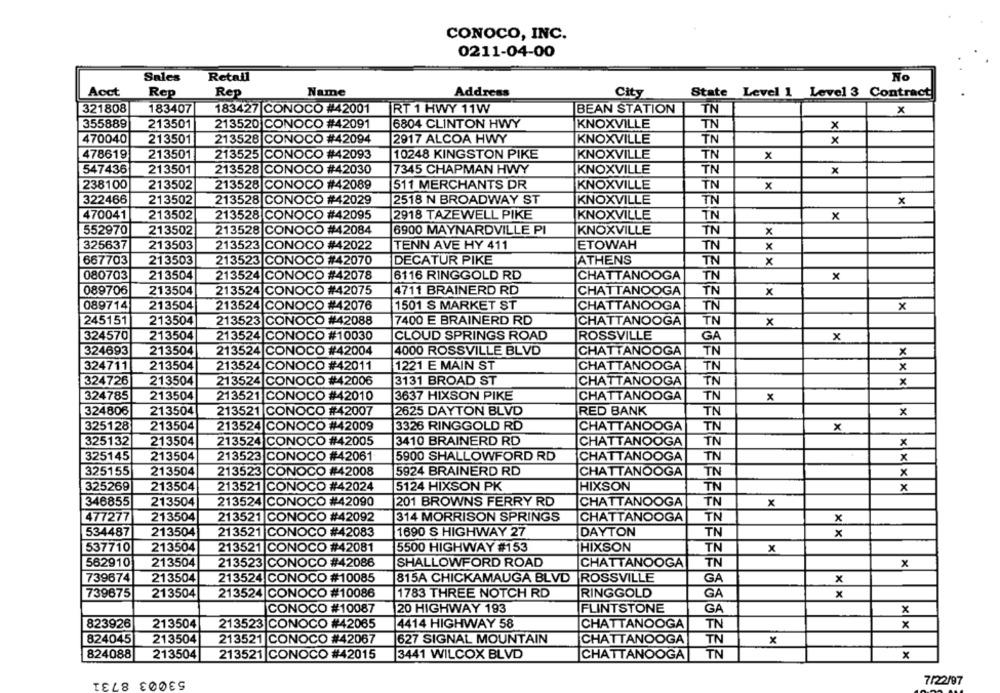
CONOCO, INC.
0211-04-00
No
Sales
Retail
Acct
Rep
Rep
Name
Address
City
State Level 1 Level 3 Contract
321808
183407
183427 CONOCO #42001
IRT 1 HWY 11W
BEAN STATION
TN
X
355889
213501
213520 CONOCO #42091
6804 CLINTON HWY
KNOXVILLE
TN
x
470040
213528 CONOCO #42094
2917 ALCOA HWY
213501
KNOXVILLE
TN
x
478619
213501
213525 CONOCO #42093
10248 KINGSTON PIKE
KNOXVILLE
TN
x
547436
213501
213528 CONOCO #42030
7345 CHAPMAN HWY
KNOXVILLE
TN
x
238100
213502
213528 CONOCO #42089
511 MERCHANTS DR
KNOXVILLE
TN
x
322466
213502
213528 CONOCO #42029
2518 N BROADWAY ST
KNOXVILLE
TN
x
2918 TAZEWELL PIKE
KNOXVILLE
TN
470041
213502
213528 CONOCO #42095
x
TN
552970
213502
213528 CONOCO #42084
6900 MAYNARDVILLE PI
KNOXVILLE
x
325637
213503
213523
CONOC
#42022
TENN AVE HY 411
ETOWAH
TN
x
667703
213503
213523 CONO
070
DECATUR PIKE
ATHENS
TN
x
080703
213504
213524 CONOCO #42078
6116 RINGGOLD RD
CHATTANOOGA
TN
x
089706
213504
213524 CONOCO #42075
4711 BRAINERD RD
TN
CHATTANOOGA
x
089714
76
213504
213524 CONOCO #42
1501 S MARKET ST
CHATTANOOGA
TN
x
245151
213504
213523
CONOCO
088
7400 E BRAINERD RD
CHATTANOOGA
TN
x
324570
213504
213524
CONOCO #10030
CLOUD SPRINGS ROAD
ROSSVILLE
GA
x
324693
213504
213
CONOCO #42004
4000 ROSSVILLE BLVD
CHATTANOOGA
TN
x
324711
213504
21352
CONOCO #4
2011
1221 E MAIN ST
CHATTANOOGA
TN
x
213524
ONOCO
42006
3131 BROAD ST
TN
324726
213504
CHATTANOOGA
x
TN
324785
213504
213521 CONOCO #42010
3637 HIXSON PIKE
CHATTANOOGA
x
324806
213504|
213521 CONOCO #42007
2625 DAYTON BLVD
RED BANK
TN
x
325128
213504
213524 CONOCO #42009
3326 RINGGOLD RD
CHATTANOOGA
TN
x
325132
213504
213524 CONOCO
42005
3410 BRAINERD RD
CHATTANOOGA
TN
x
325145
213504
213523 CONOCO
#4:
061
5900 SHALLOWFORD RD
CHATTANOOGA
TN
x
213504
#4
008
5924 BRAINERD RD
TN
325155
213523 CONOCO
CHATTANOOGA
x
24
325269
213504
213521
CONOCO
5124 HIXSON PK
HIXSON
TN
x
346855
213504
213524
Ico
090
201 BROWNS FERRY RD
CHATTANOOGA
TN
x
477277
213504
213521
CC
NOCO
92
314 MORRISON SPRINGS
CHATTANOOGA
TN
x
534487
213504
213521
CONOCO #42083
1690 S HIGHWAY 27
DAYTON
TN
x
537710
213504
213521 CONO
081
HIXSON
TN
X
5500 HIGHWAY #153
562910
86
213504
213523 CONOCO
SHALLOWFORD ROAD
CHATTANOOGA
TN
x
739674
213504
213524 CONOCO #10085
815A CHICKAMAUGA BLVD
ROSSVILLE
GA
x
739675
213504
213524 CONOCO #10086
1783 THREE NOTCH RD
RINGGOLD
GA
x
ONOCO #10087
20 HIGHWAY 193
FLINTSTONE
GA
x
823926
CONOCO #42065
4414 HIGHWAY 58
213504
213523
CHATTANOOGA
TN
x
824045
213504
213521 CONOCO #42067
627 SIGNAL MOUNTAIN
CHATTANOOGA
TN
x
824088
213504
213521 CONOCO #42015
3441 WILCOX BLVD
CHATTANOOGA
TN
x
53003 8731
7/22/97